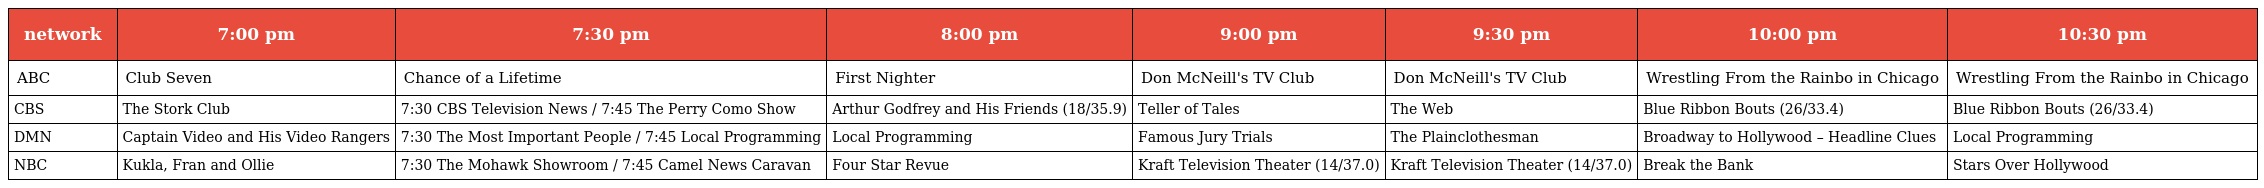
| network | 7:00 pm | 7:30 pm | 8:00 pm | 9:00 pm | 9:30 pm | 10:00 pm | 10:30 pm |
 | --- | --- | --- | --- | --- | --- | --- | --- |
 | ABC | Club Seven | Chance of a Lifetime | First Nighter | Don McNeill's TV Club | Don McNeill's TV Club | Wrestling From the Rainbo in Chicago | Wrestling From the Rainbo in Chicago |
 | CBS | The Stork Club | 7:30 CBS Television News / 7:45 The Perry Como Show | Arthur Godfrey and His Friends (18/35.9) | Teller of Tales | The Web | Blue Ribbon Bouts (26/33.4) | Blue Ribbon Bouts (26/33.4) |
 | DMN | Captain Video and His Video Rangers | 7:30 The Most Important People / 7:45 Local Programming | Local Programming | Famous Jury Trials | The Plainclothesman | Broadway to Hollywood – Headline Clues | Local Programming |
 | NBC | Kukla, Fran and Ollie | 7:30 The Mohawk Showroom / 7:45 Camel News Caravan | Four Star Revue | Kraft Television Theater (14/37.0) | Kraft Television Theater (14/37.0) | Break the Bank | Stars Over Hollywood |